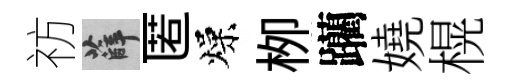
祊薛匿燥栁躪嬈榥